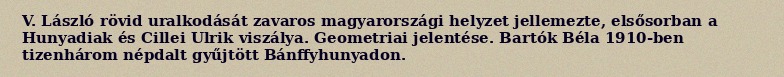
V. László rövid uralkodását zavaros magyarországi helyzet jellemezte, elsősorban a Hunyadiak és Cillei Ulrik viszálya. Geometriai jelentése. Bartók Béla 1910-ben tizenhárom népdalt gyűjtött Bánffyhunyadon.